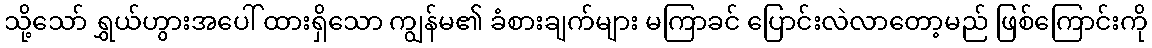
သို့သော် ရွှယ်ဟွားအပေါ် ထားရှိသော ကျွန်မ၏ ခံစားချက်များ မကြာခင် ပြောင်းလဲလာတော့မည် ဖြစ်ကြောင်းကို